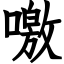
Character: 噭